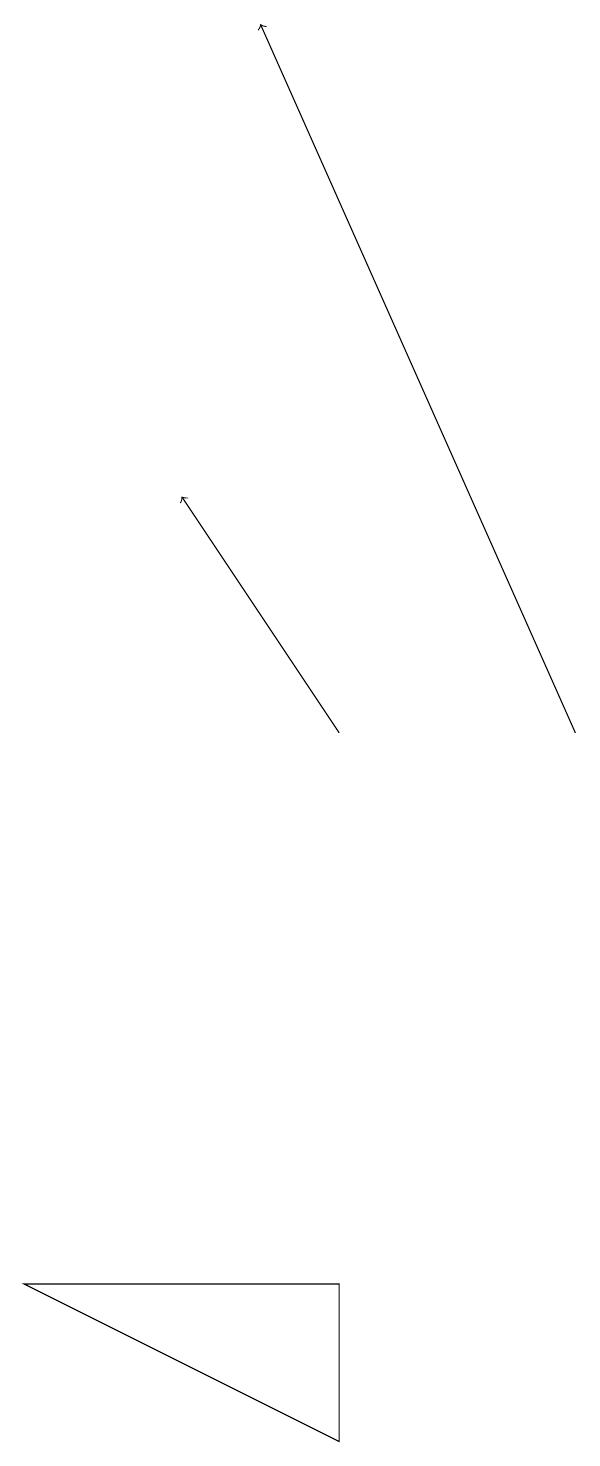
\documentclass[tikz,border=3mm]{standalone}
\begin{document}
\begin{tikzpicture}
\draw[->] (9,10) -- (5,19);
\draw (6,1) -- (2,3) -- (6,3) -- cycle;
\draw[->] (6,10) -- (4,13);
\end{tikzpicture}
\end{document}